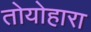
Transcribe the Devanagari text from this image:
तोयोहारा